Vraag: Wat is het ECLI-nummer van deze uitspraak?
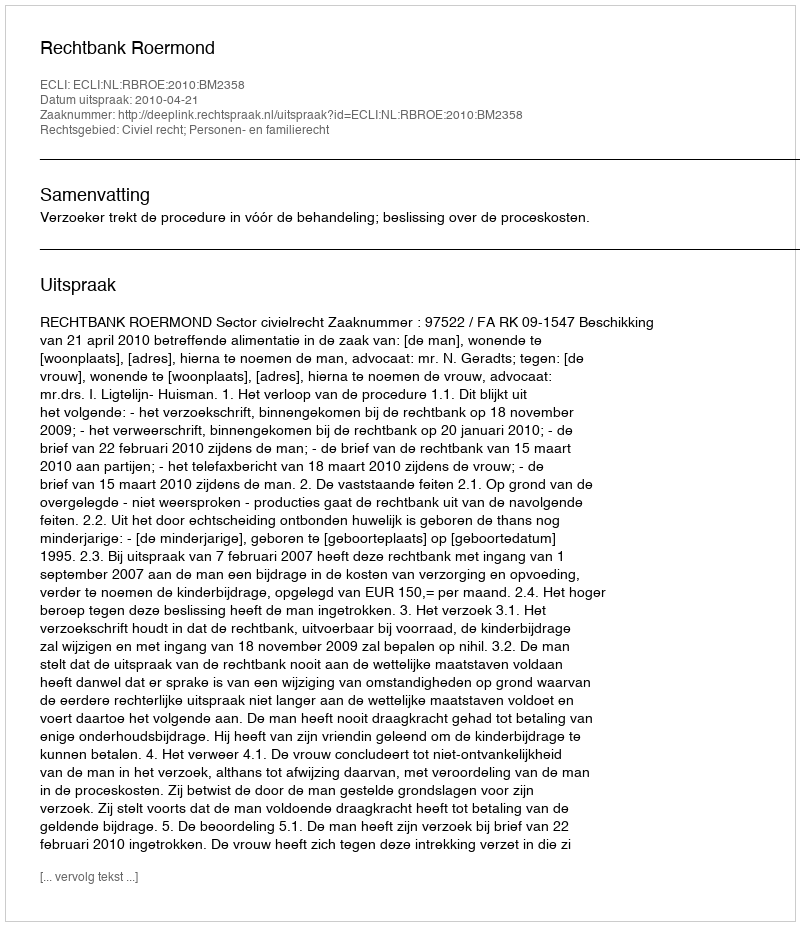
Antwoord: ECLI:NL:RBROE:2010:BM2358